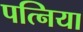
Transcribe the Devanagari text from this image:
पत्निया